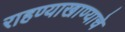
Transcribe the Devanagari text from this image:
राहण्याखाण्याचे